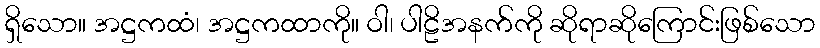
ရှိသော။ အဋ္ဌကထံ၊ အဋ္ဌကထာကို။ ဝါ၊ ပါဠိအနက်ကို ဆိုရာဆိုကြောင်းဖြစ်သော